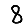
Digit: 8